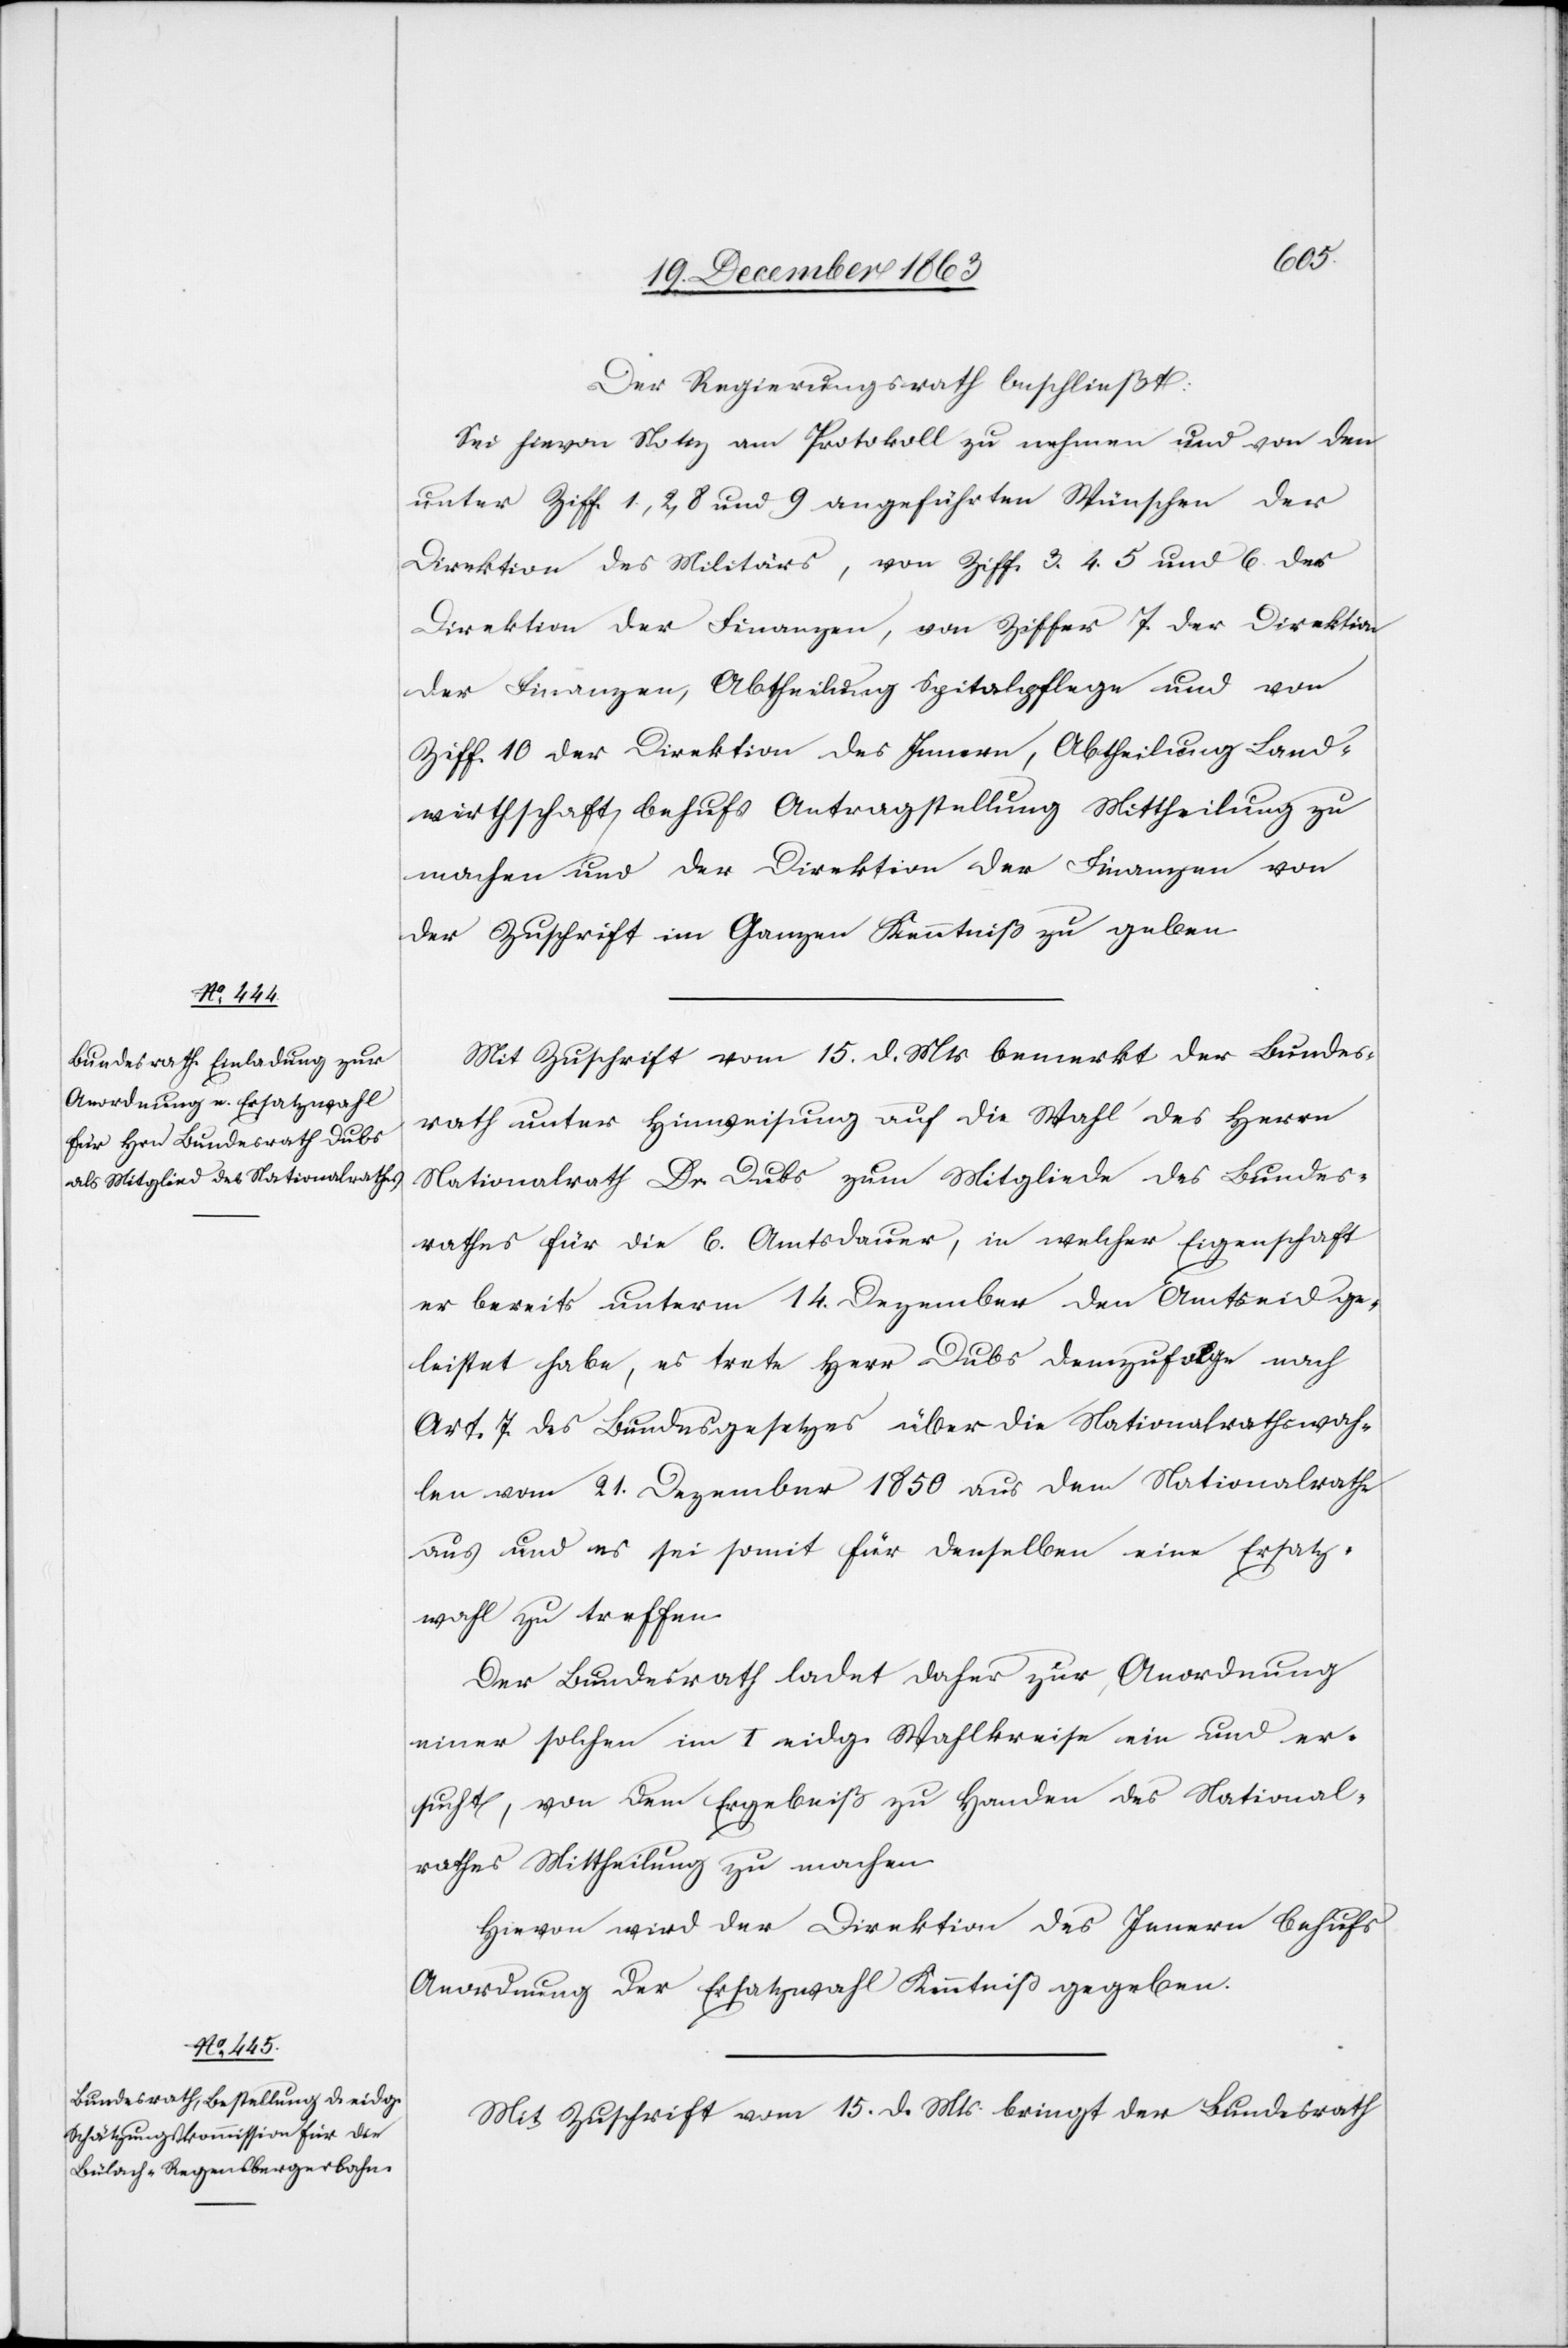
Der Regierungsrath beschließt:
Sei hievon Notiz am Protokoll zu nehmen und von den
unter Ziff. 1, 2, 8 und 9 angeführten Wünschen der
Direktion des Militärs, von Ziff. 3. 4. 5 und 6 der
Direktion der Finanzen, von Ziffer 7 der Direktion
der Finanzen, Abtheilung Spitalpflege und von
Ziff. 10 der Direktion des Innern, Abtheilung Land¬
wirthschaft, behufs Antragstellung Mittheilung zu
machen und der Direktion der Finanzen von
der Zuschrift im Ganzen Kenntniß zu geben.
Mit Zuschrift vom 15. d. Mts. bemerkt der Bundes¬
rath unter Hinweisung auf die Wahl des Herrn
Nationalrath Dr. Dubs zum Mitgliede des Bundes¬
rathes für die 6. Amtsdauer, in welcher Eigenschaft
er bereits unterm 14. Dezember den Amtseid ge¬
leistet habe, es trete Herr Dubs demzufolge nach
Art. 7 des Bundesgesetzes über die Nationalrathswah¬
len vom 21. Dezember 1850 aus dem Nationalrathe
aus und es sei somit für denselben eine Ersatz¬
wahl zu treffen.
Der Bundesrath ladet daher zur Anordnung
einer solchen im I eidg. Wahlkreise ein und er¬
sucht, von dem Ergebniß zu Handen des National¬
rathes Mittheilung zu machen.
Hievon wird der Direktion des Innern behufs
Anordnung der Ersatzwahl Kenntniß gegeben.
Mit Zuschrift vom 15. d. Mts. bringt der Bundesrath